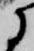
に